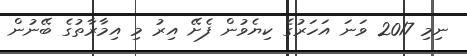
ނިމި 2017 ވަނަ އަހަރުގެ ކިިޔެވުން ފެށޭ އިރު މި އިމާރާތުގެ ބޭނުން